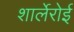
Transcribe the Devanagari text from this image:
शार्लेरोई